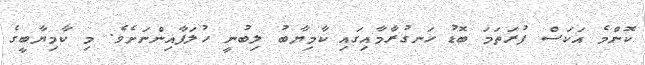
ކޮންމެ އަކަސް ފުރަތަމަ ބޮޑު ހަނގުރާމާއިގައި ކާމިޔާބު ލިބުނީ ހުލަފާއިންނަށެވެ. މި ކާމިޔާބީގެ